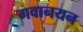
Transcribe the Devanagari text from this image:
गवानयन